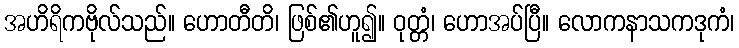
အဟိရိကဗိုလ်သည်။ ဟောတီတိ၊ ဖြစ်၏ဟူ၍။ ဝုတ္တံ၊ ဟောအပ်ပြီ။ လောကနာသကဒုကံ၊